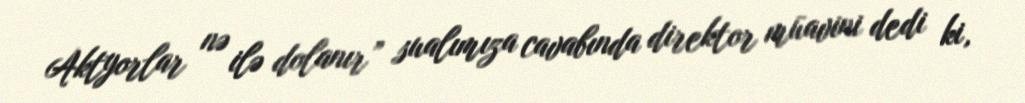
Aktyorlar nə ilə dolanır” sualımıza cavabında direktor müavini dedi ki,